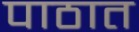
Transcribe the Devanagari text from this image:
पाठात